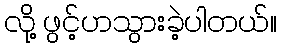
လို့ ဖွင့်ဟသွားခဲ့ပါတယ်။